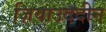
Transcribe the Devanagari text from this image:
ज़ियाउददीन